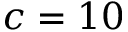
c = 1 0